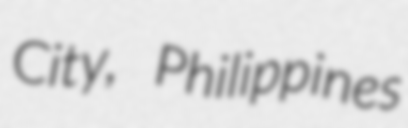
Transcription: City, Philippines